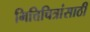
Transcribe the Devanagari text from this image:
भित्तिचित्रांसाठी